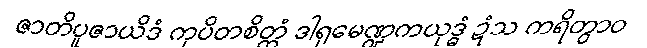
ဇာတိပူဇာယိဒံ ကုပိတစိတ္တံ ဒါရုမေဏ္ဍကယုဒ္ဓံ ဍံသ ကရိတွာဝ